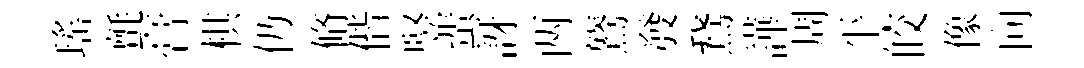
瑤氈膏棋仍脩偕竪蜚訝两鷟發鵞譁周平皎像向